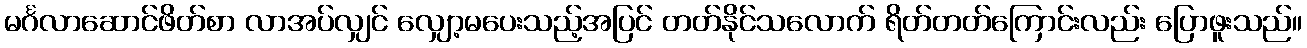
မင်္ဂလာဆောင်ဖိတ်စာ လာအပ်လျှင် လျှော့မပေးသည့်အပြင် တတ်နိုင်သလောက် ရိတ်တတ်ကြောင်းလည်း ပြောဖူးသည်။